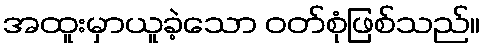
အထူးမှာယူခဲ့သော ဝတ်စုံဖြစ်သည်။